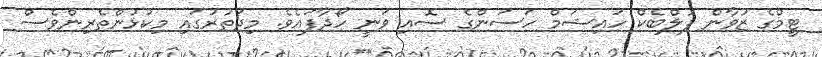
ޓީމްގެ ޒުވާން ފުލްބެކް ހައިޝަމް ހަސަންގެ ސޮއި ވަނީ ހޯދާފައެވެ. މިދަތުރުގައި މިކުޅުންތެރިންވެސް